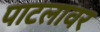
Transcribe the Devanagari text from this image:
पाटलावर